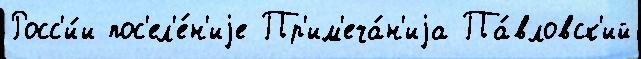
Росс'и́и пос'ел'е́н'иjе Пр'им'еча́н'иjа Па́вловск'ий